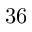
3 6